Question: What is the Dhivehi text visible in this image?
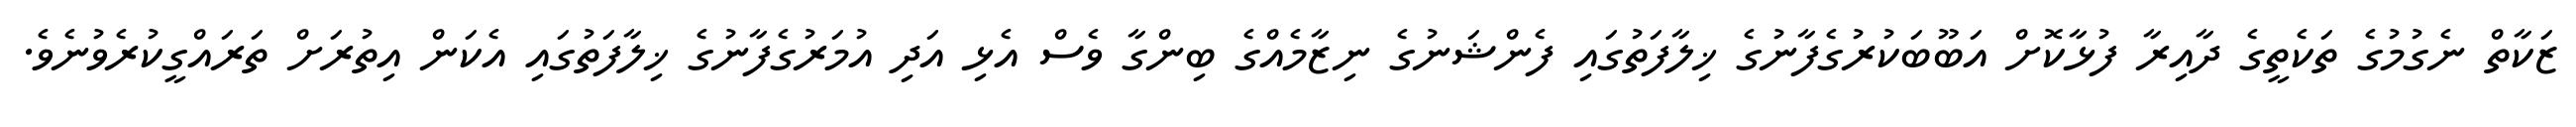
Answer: ޒަކާތް ނެގުމުގެ ތަކެތީގެ ދާއިރާ ފުޅާކޮށް އަބޫބަކުރުގެފާނުގެ ޚިލާފަތުގައި ފެންޝަނުގެ ނިޒާމެއްގެ ބިންގާ ވެސް އެޅި އަދި އުމަރުގެފާނުގެ ޚިލާފަތުގައި އެކަން އިތުރަށް ތަރައްގީކުރެވުނެވެ.